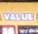
value